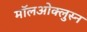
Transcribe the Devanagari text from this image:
मॉलओक्लुस्न